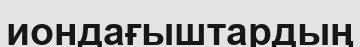
иондағыштардың